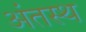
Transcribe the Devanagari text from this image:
अंतस्‍थ